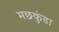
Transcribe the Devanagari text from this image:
मछकुंडा